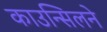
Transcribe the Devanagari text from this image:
काउन्सिलने